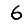
Digit: 6